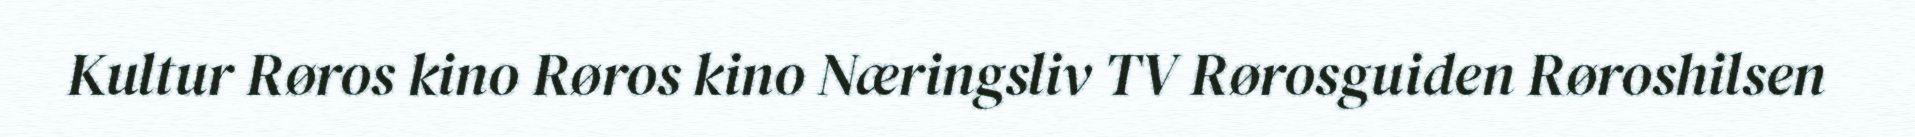
Kultur Røros kino Røros kino Næringsliv TV Rørosguiden Røroshilsen